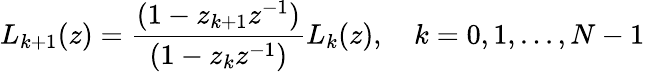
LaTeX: L_{k+1}(z)={\frac{(1-z_{k+1}z^{-1})}{(1-z_{k}z^{-1})}}L_{k}(z),\quad k=0,1,...,N-1